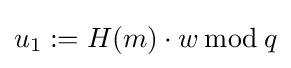
u_{1}:=H(m)\cdot w\,{\bmod {\,}}q